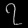
Digit: ၇